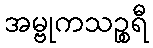
အမ္ဗုကသဉ္စရီ